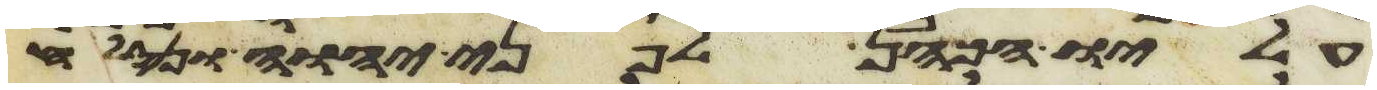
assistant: עליו הכהן לפני יהוה ונסלח